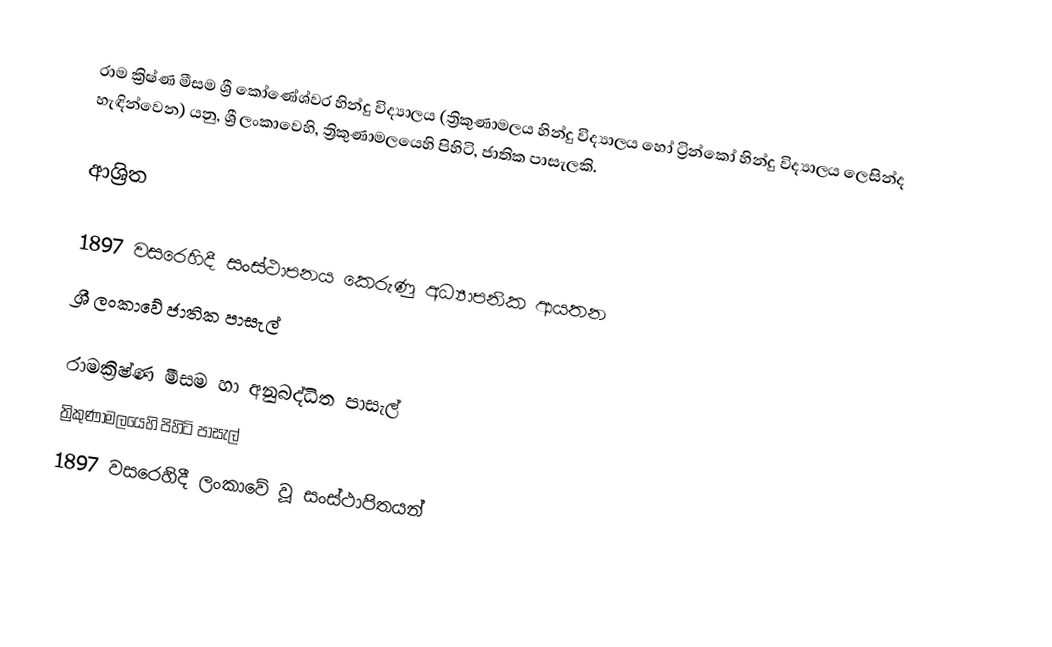
රාම ක්‍රිෂ්ණ මීසම ශ්‍රී කෝණේශ්වර හින්දු විද්‍යාලය (ත්‍රිකුණාමලය හින්දු විද්‍යාලය හෝ  ට්‍රින්කෝ හින්දු විද්‍යාලය ලෙසින්ද හැඳින්වෙන) යනු,  ශ්‍රී ලංකාවෙහි,  ත්‍රිකුණාමලයෙහි පිහිටි, ජාතික පාසැලකි.

ආශ්‍රිත

 1897 වසරෙහිදී සංස්ථාපනය කෙරුණු අධ්‍යාපනික ආයතන
ශ්‍රී ලංකාවේ ජාතික පාසැල්

රාමක්‍රිෂ්ණ මීසම හා අනුබද්ධිත පාසැල්
ත්‍රිකුණාමලයෙහි පිහිටි පාසැල්
1897 වසරෙහිදී ලංකාවේ වූ සංස්ථාපිතයන්